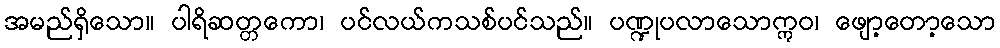
အမည်ရှိသော။ ပါရိဆတ္တကော၊ ပင်လယ်ကသစ်ပင်သည်။ ပဏ္ဍုပလာသောဣဝ၊ ဖျော့တော့သော